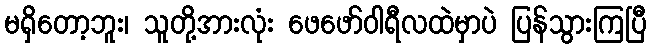
မရှိတော့ဘူး၊ သူတို့အားလုံး ဖေဖော်ဝါရီလထဲမှာပဲ ပြန်သွားကြပြီ